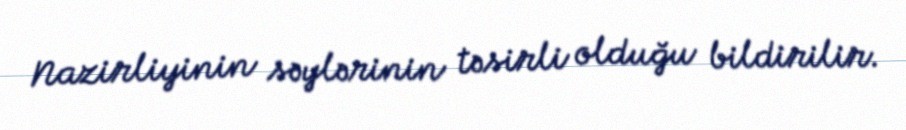
Nazirliyinin səylərinin təsirli olduğu bildirilir.